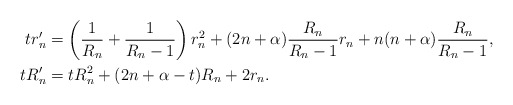
\begin{align*}t r_{n}'&=\left(\frac{1}{R_{n}}+\frac{1}{R_{n}-1}\right)r_{n}^{2}+(2n+\alpha)\frac{R_{n}}{R_{n}-1}r_{n}+n(n+\alpha)\frac{R_{n}}{R_{n}-1},\\t R_{n}'&=t R_{n}^2+(2n+\alpha-t)R_{n}+2r_n.\end{align*}